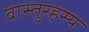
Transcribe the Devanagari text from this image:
वास्तुरहस्य